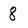
Character: 8